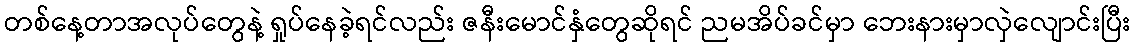
တစ်နေ့တာအလုပ်တွေနဲ့ ရှုပ်နေခဲ့ရင်လည်း ဇနီးမောင်နှံတွေဆိုရင် ညမအိပ်ခင်မှာ ဘေးနားမှာလှဲလျောင်းပြီး